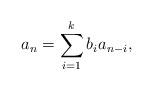
LaTeX: \begin{align*}a_n=\sum_{i=1}^kb_ia_{n-i},\end{align*}